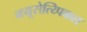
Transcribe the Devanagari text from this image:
नयूरोत्य्पिकल